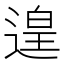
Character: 遑